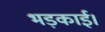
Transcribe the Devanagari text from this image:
भड़काई।